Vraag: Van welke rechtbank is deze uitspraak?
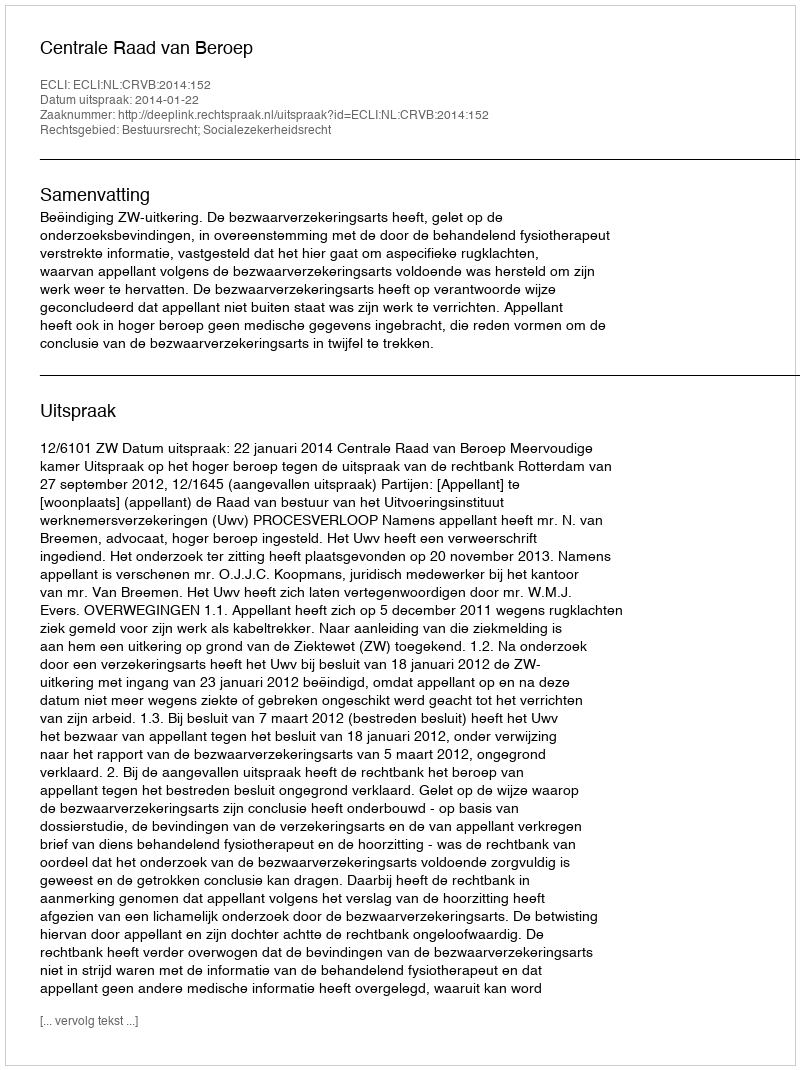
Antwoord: Centrale Raad van Beroep